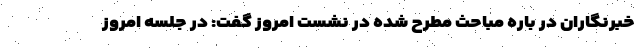
خبرنگاران در باره مباحث مطرح شده در نشست امروز گفت: در جلسه امروز